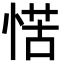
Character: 𭝩